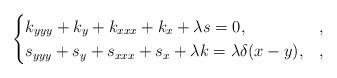
LaTeX: \begin{align*}\begin{cases}k_{yyy}+k_y+k_{xxx}+k_x+\lambda s=0, & , \\s_{yyy}+s_y+s_{xxx}+s_x+\lambda k=\lambda \delta(x-y), & ,\end{cases}\end{align*}